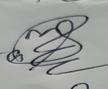
Signature authenticity: genuine